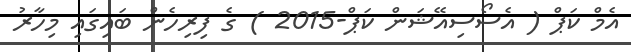
އެމް ކަޕް ( އެސޯސިއޭޝަން ކަޕް-2015 ) ގެ ފިރިހެން ބައިގައި މިހާރު